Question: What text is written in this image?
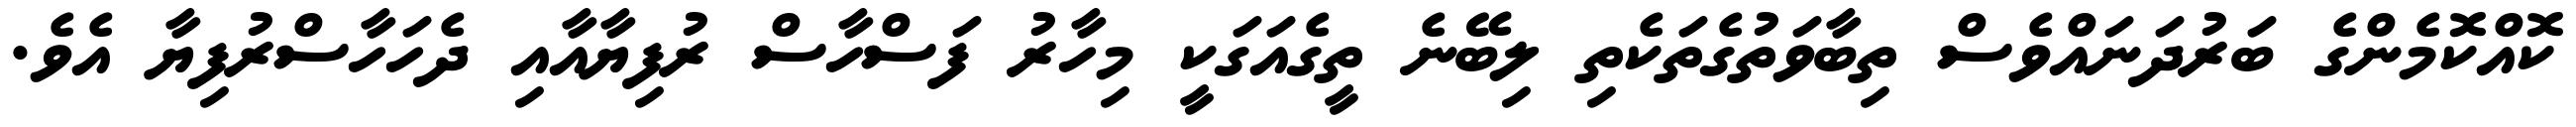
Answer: ކޮއްކޮމެންގެ ބަރުދަނައްވެސް ތިބާވަތުގެތަކެތި ލިބޭނެ ތީގެއަގަކީ މިހާރު ފަސްހާސް ރުފިޔާއާއި ދެހަހާސްރުފިޔާ އެވެ.